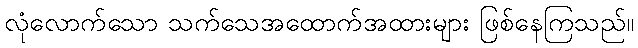
လုံလောက်သော သက်သေအထောက်အထားများ ဖြစ်နေကြသည်။